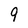
Character: 9